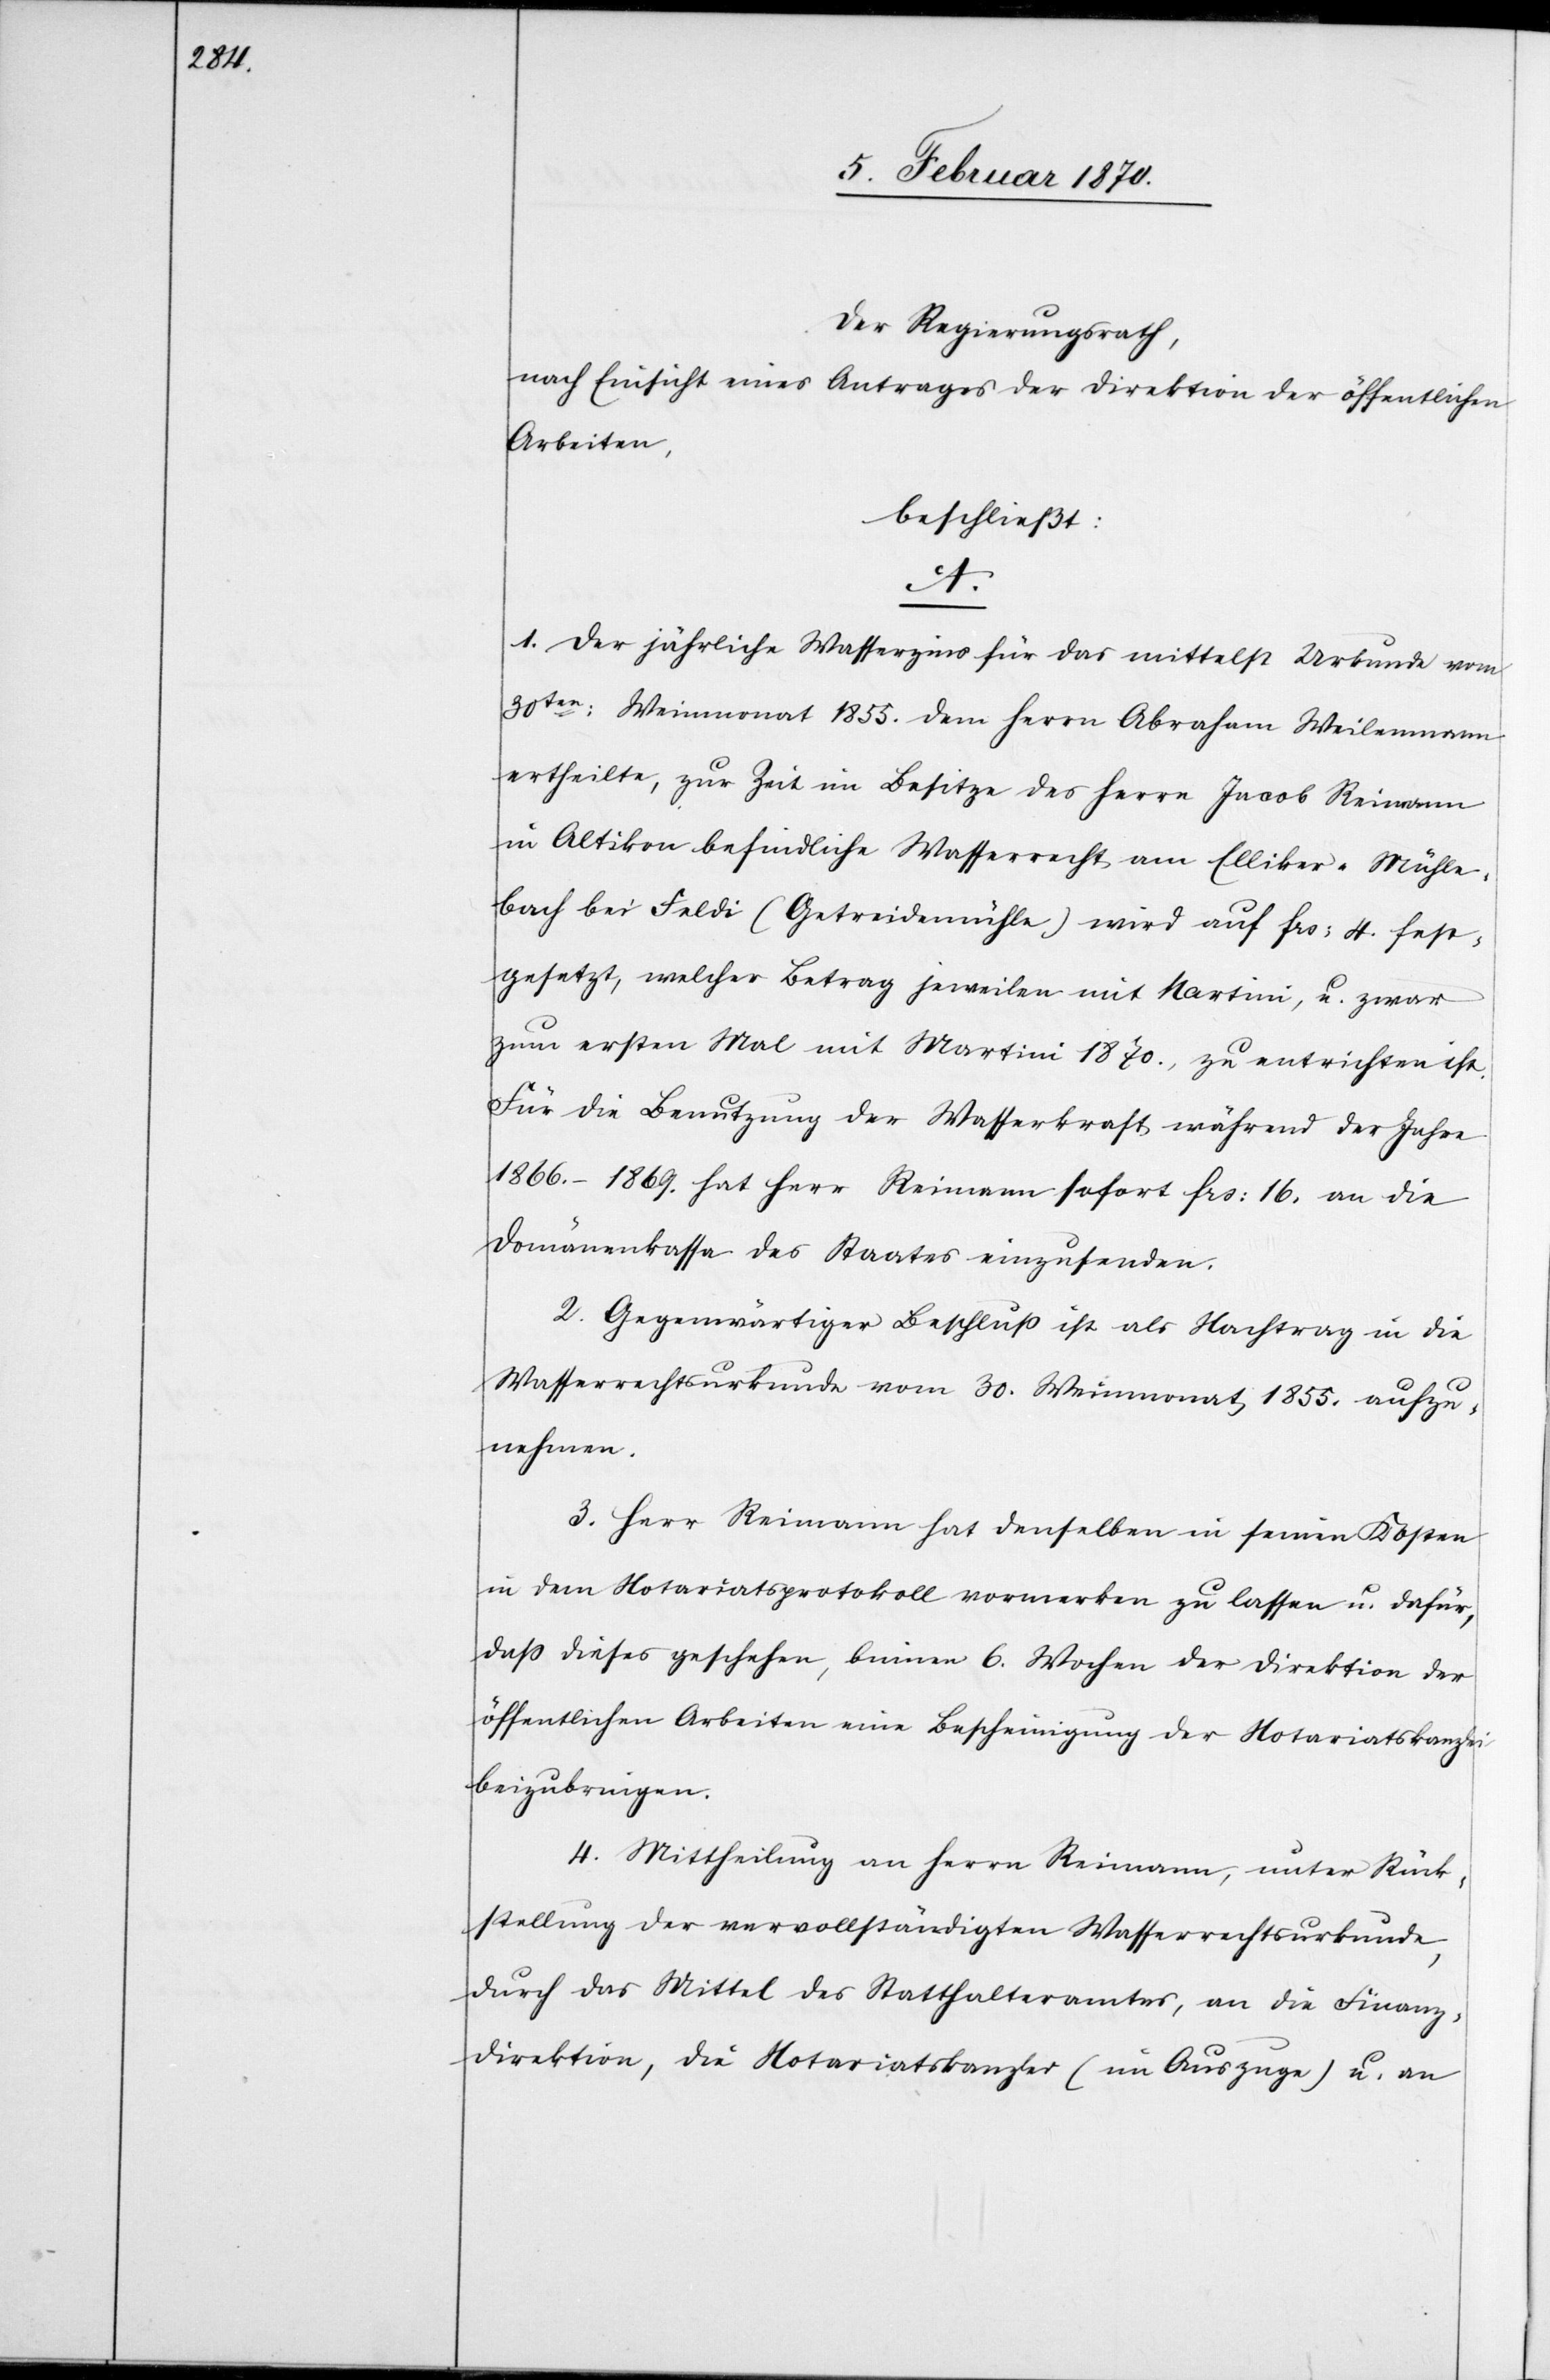
Der Regierungsrath,
nach Einsicht eines Antrages der Direktion der öffentlichen
Arbeiten,
beschließt:
A.
1. Der jährliche Wasserzins für das mittelst Urkunde vom
30ten: Weinmonat 1855. dem Herrn Abraham Weilenmann
ertheilte, zur Zeit im Besitze des Herrn Jacob Reimann
in Altikon befindliche Wasserrecht am Elliker-Mühle¬
bach bei Feldi (Getreidemühle) wird auf frs: 4. fest¬
gesetzt, welcher Betrag jeweilen mit Martini, u. zwar
zum ersten Mal mit Martini 1870., zu entrichten ist.
Für die Benutzung der Wasserkraft während der Jahre
1866.–1869. hat Herr Reimann sofort frs: 16. an die
Domänenkasse des Staates einzusenden.
2. Gegenwärtiger Beschluss ist als Nachtrag in die
Wasserrechtsurkunde vom 30. Weinmonat 1855. aufzu¬
nehmen.
3. Herr Reimann hat denselben in seinen Kosten
in dem Notariatsprotokoll vormerken zu lassen u. dafür,
dass dieses geschehen, binnen 6. Wochen der Direktion der
öffentlichen Arbeiten eine Bescheinigung der Notariatskanzlei
beizubringen.
4. Mittheilung an Herrn Reimann, unter Rück¬
stellung der vervollständigten Wasserrechtsurkunde,
durch das Mittel des Statthalteramtes, an die Finanz¬
direktion, die Notariatskanzlei (im Auszuge) u. an